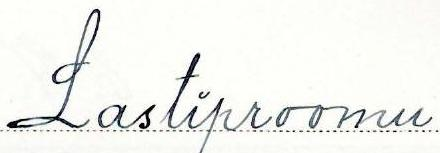
Lastiproomu